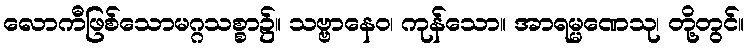
လောကီဖြစ်သောမဂ္ဂသစ္စာ၌။ သဗ္ဗာနေဝ၊ ကုန်သော။ အာရမ္မဏေသု၊ တို့တွင်။